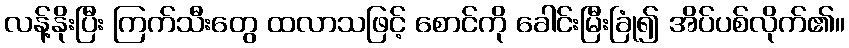
လန့်နိုးပြီး ကြက်သီးတွေ ထလာသဖြင့် စောင်ကို ခေါင်းမြီးခြုံ၍ အိပ်ပစ်လိုက်၏။